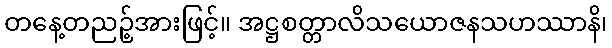
တနေ့တညဉ့်အားဖြင့်။ အဋ္ဌစတ္တာလိသယောဇနသဟဿာနိ၊